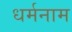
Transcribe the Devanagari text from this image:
धर्मनाम